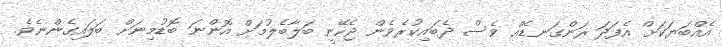
އެއްބަޔަކަށް އެފަދަ ރަންގަނޑެއް ވެސް ދެބައިކުރެވެން ޖެހޭނީ ބަލާބެލުމަށް އޮންނަ ބޮޑުމިނަށް ބަލައިގެންނެވެ.